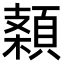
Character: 𩓠